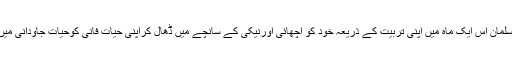
اس لئے اگرایک مسلمان اس ایک ماہ میں اپنی تربیت کے ذریعہ خود کو اچھائی اورنیکی کے سانچے میں ڈھال کراپنی حیات فانی کوحیات جاودانی میں تبدیل کرسکتاہے۔